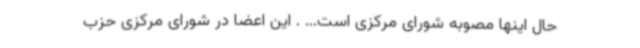
حال اینها مصوبه شورای مرکزی است... . این اعضا در شورای مرکزی حزب